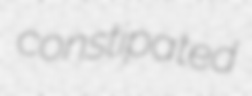
constipated